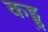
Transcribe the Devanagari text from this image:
कड्डु